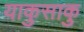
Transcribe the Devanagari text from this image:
याकुसाकु